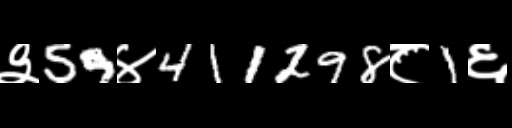
Text: ३59४411298८1६